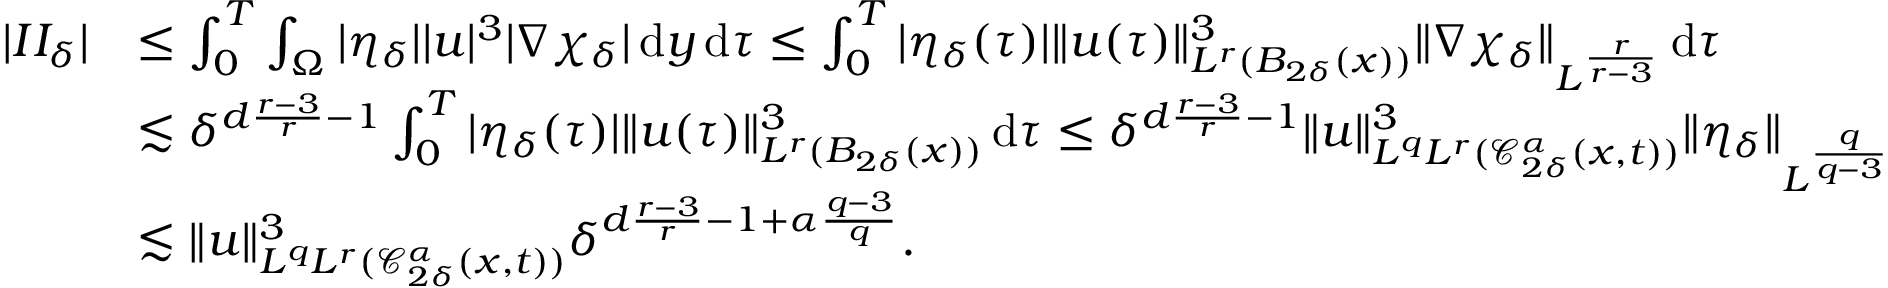
\begin{array} { r l } { | I I _ { \delta } | } & { \leq \int _ { 0 } ^ { T } \int _ { \Omega } | \eta _ { \delta } | | u | ^ { 3 } | \nabla \chi _ { \delta } | \, \mathrm { d } y \, \mathrm { d } \tau \leq \int _ { 0 } ^ { T } | \eta _ { \delta } ( \tau ) | \| u ( \tau ) \| _ { L ^ { r } ( B _ { 2 \delta } ( x ) ) } ^ { 3 } \| \nabla \chi _ { \delta } \| _ { L ^ { \frac { r } { r - 3 } } } \, \mathrm { d } \tau } \\ & { \lesssim \delta ^ { d \frac { r - 3 } { r } - 1 } \int _ { 0 } ^ { T } | \eta _ { \delta } ( \tau ) | \| u ( \tau ) \| _ { L ^ { r } ( B _ { 2 \delta } ( x ) ) } ^ { 3 } \, \mathrm { d } \tau \leq \delta ^ { d \frac { r - 3 } { r } - 1 } \| u \| _ { L ^ { q } L ^ { r } ( \mathcal { C } _ { 2 \delta } ^ { \alpha } ( x , t ) ) } ^ { 3 } \| \eta _ { \delta } \| _ { L ^ { \frac { q } { q - 3 } } } } \\ & { \lesssim \| u \| _ { L ^ { q } L ^ { r } ( \mathcal { C } _ { 2 \delta } ^ { \alpha } ( x , t ) ) } ^ { 3 } \delta ^ { d \frac { r - 3 } { r } - 1 + \alpha \frac { q - 3 } { q } } . } \end{array}